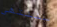
سننتهي